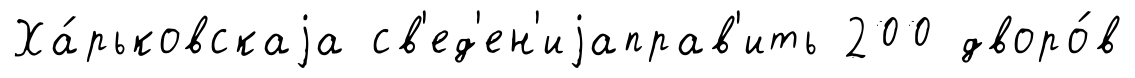
Ха́рьковскаjа св'ед'ен'иjаправ'ить 200 дворо́в